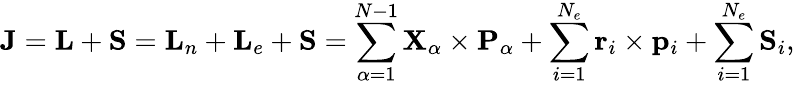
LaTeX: {\mathbf{J}}={\mathbf{L}}+{\mathbf{S}}={\mathbf{L}}_{n}+{\mathbf{L}}_{e}+{\mathbf{S}}=\sum_{\alpha=1}^{N-1}{\mathbf{X}}_{\alpha}\times{\mathbf{P}}_{\alpha}+\sum_{i=1}^{N_{e}}{\mathbf{r}}_{i}\times{\mathbf{p}}_{i}+\sum_{i=1}^{N_{e}}{\mathbf{S}}_{i},